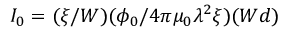
I _ { 0 } = ( \xi / W ) ( \phi _ { 0 } / 4 \pi \mu _ { 0 } \lambda ^ { 2 } \xi ) ( W d )